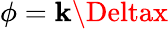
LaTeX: \phi=\mathbf{k}\Deltax